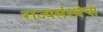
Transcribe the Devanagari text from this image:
राज्यसंस्थेचा